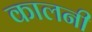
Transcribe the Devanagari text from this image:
कालनी